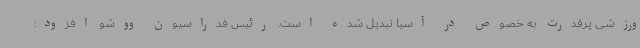
ورزشی پرقدرت به خصوص در آسیا تبدیل شده است. رئیس فدراسیون ووشو افزود: